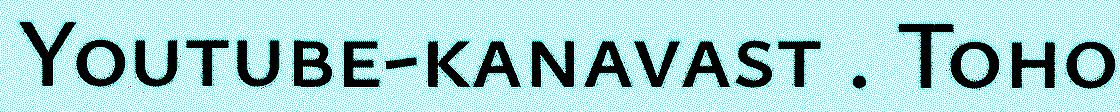
Youtube-kanavast . Toho